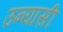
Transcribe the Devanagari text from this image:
उन्यासी